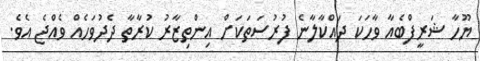
ޔޫހާ ޝަރީފްބެއާ ވާހަކަ ދައްކާލާނެ ފުރުސަތަކަށް އިންތިޒާރު ކުރާތާ ދެދުވަހެއް ވެއްޖެ އެވެ.